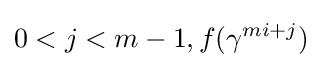
0<j<m-1,f(\gamma ^{mi+j})